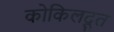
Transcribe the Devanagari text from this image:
कोकिलदूत